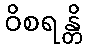
ဝိစရန္တိ